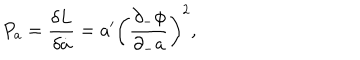
P _ { a } = { \frac { \delta L } { \delta \dot { a } } } = { a ^ { \prime } } \left( { \frac { \partial _ { - } \phi } { \partial _ { - } a } } \right) ^ { 2 } ,